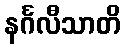
နင်္ဂလီသာတိ